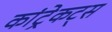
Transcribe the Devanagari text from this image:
कांट्रेकट्स